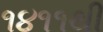
૧૪૧૧થી